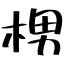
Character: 㭷